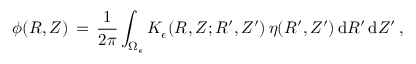
\phi ( R , Z ) \, = \, \frac { 1 } { 2 \pi } \int _ { \Omega _ { \epsilon } } K _ { \epsilon } ( R , Z ; R ^ { \prime } , Z ^ { \prime } ) \, \eta ( R ^ { \prime } , Z ^ { \prime } ) \, \mathrm { d } R ^ { \prime } \, \mathrm { d } Z ^ { \prime } \, ,